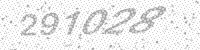
Solution: 291028